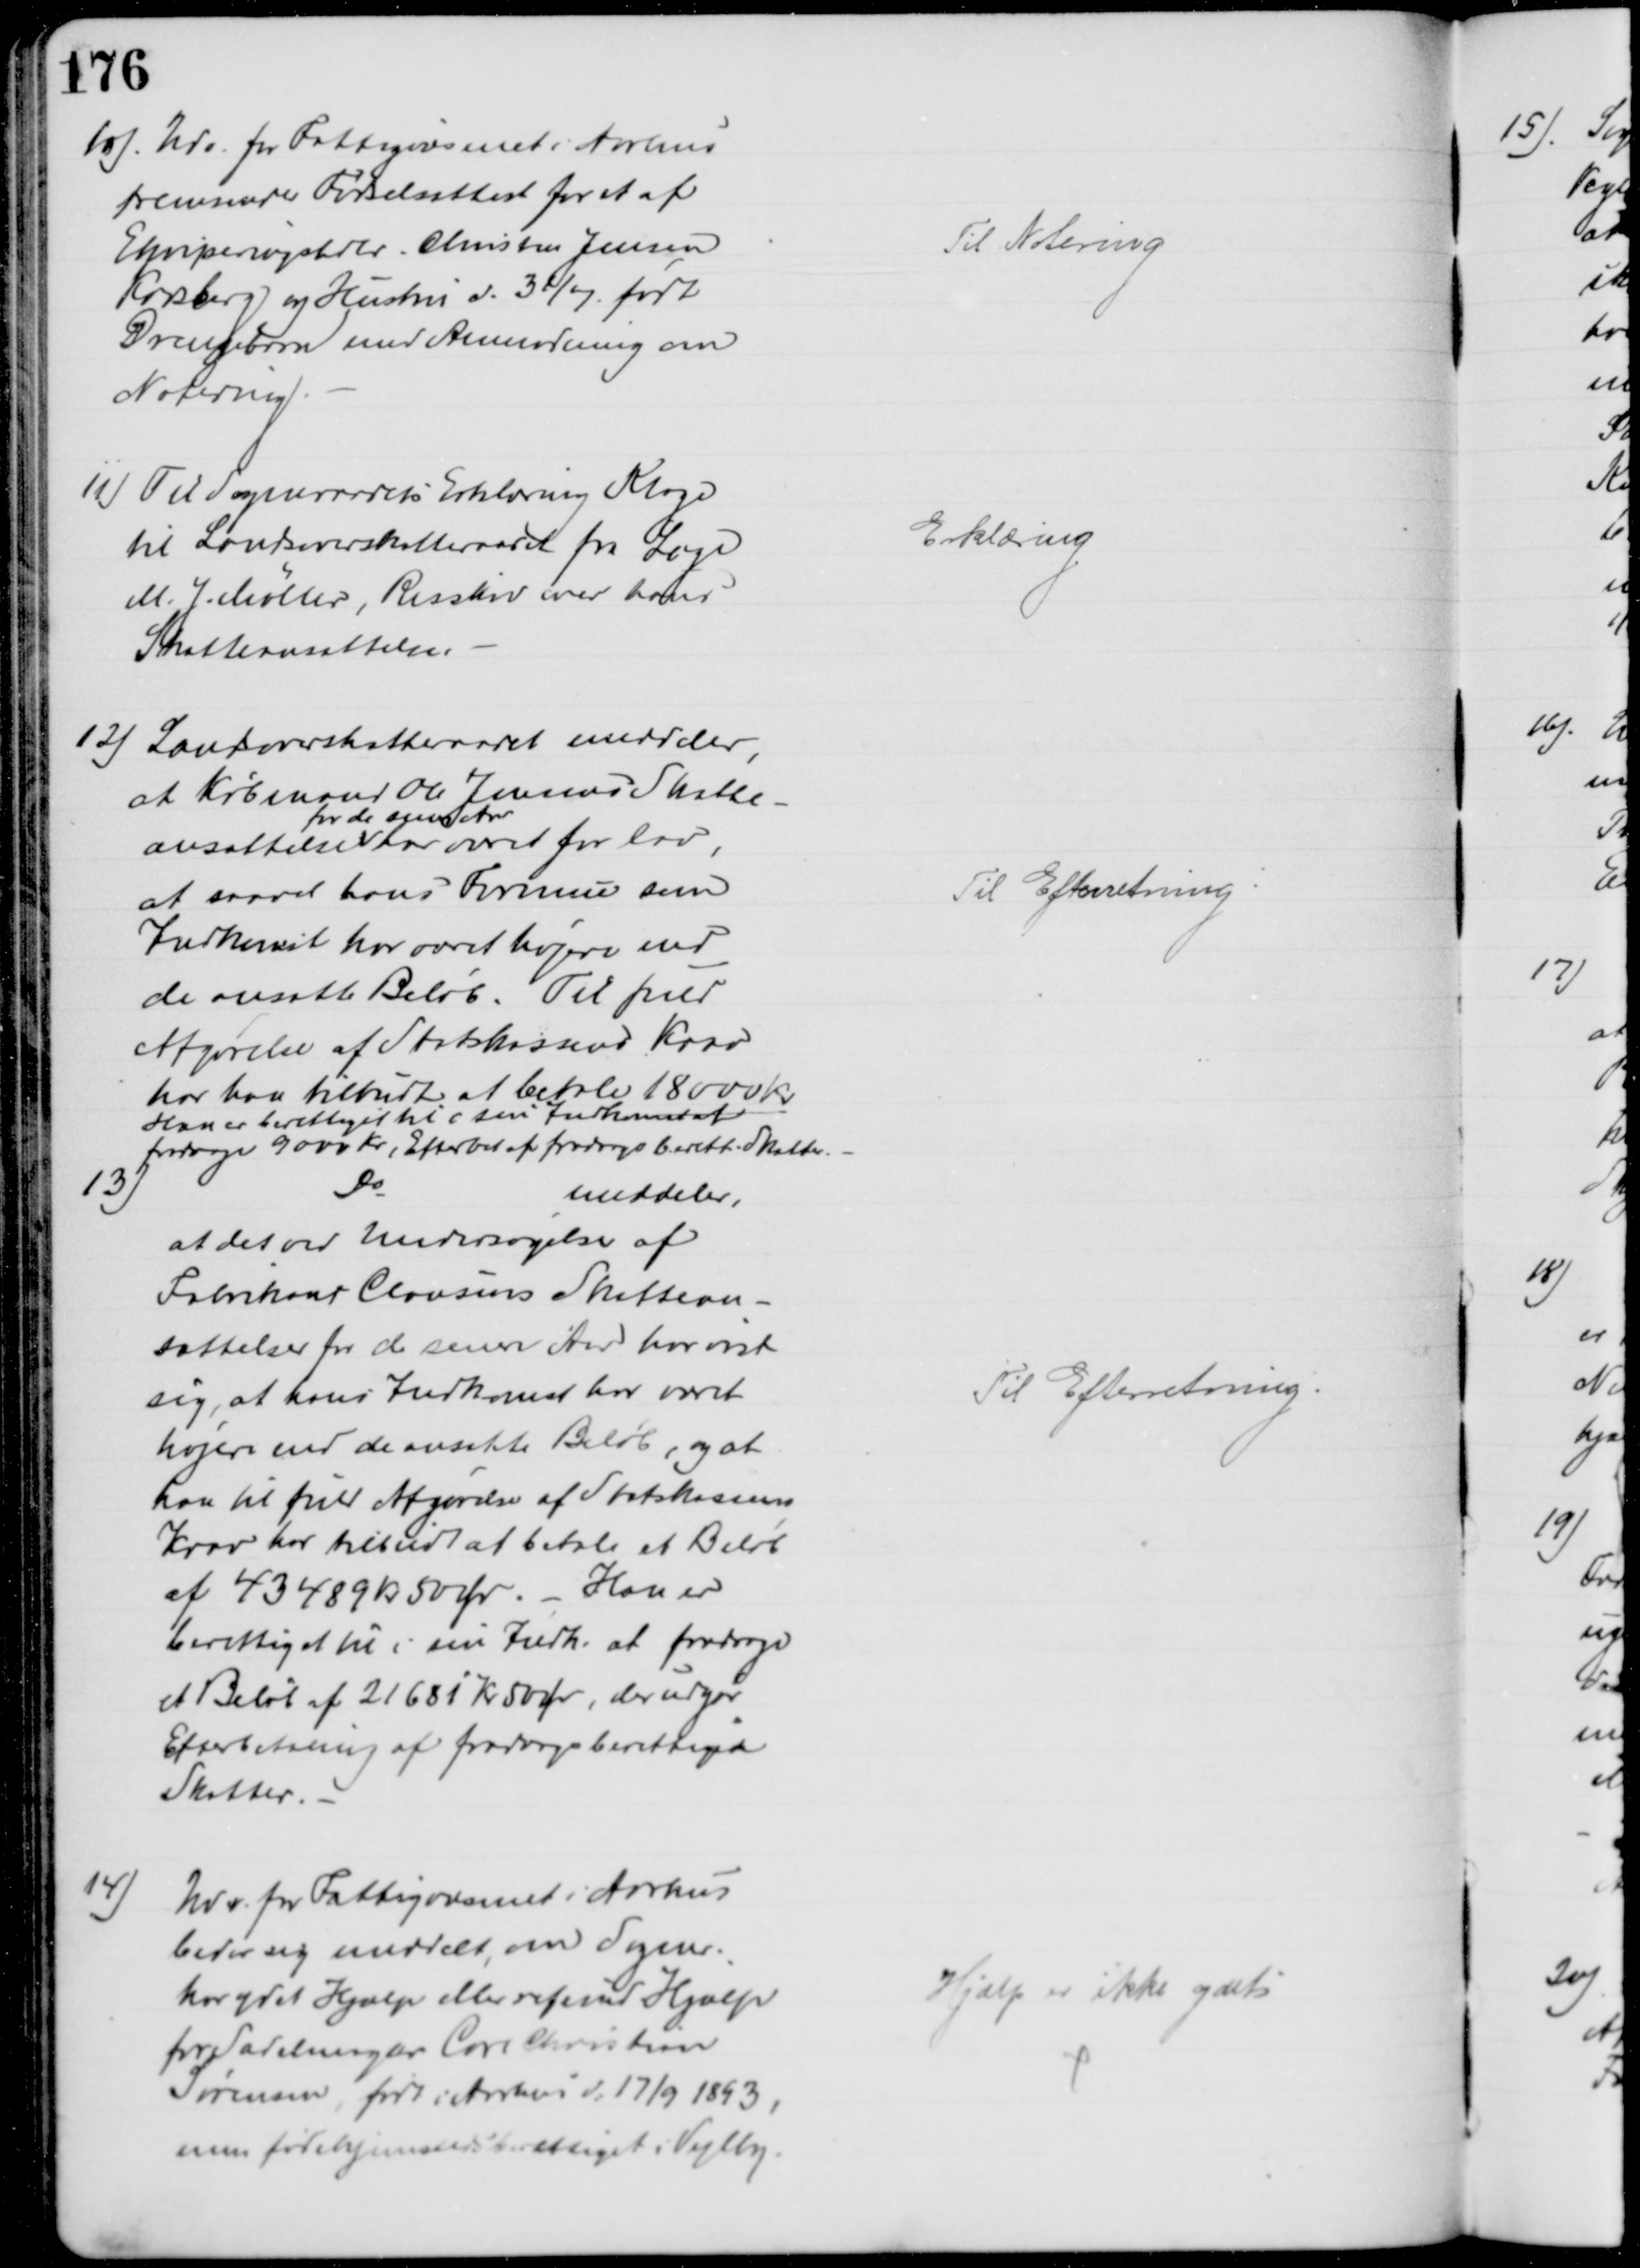
Transskription:
10). Udv. for Fattigvæsenet i Aarhus
fremsender Fødselsattest for et af
Ekviperingshdlr. Christen Jensen
Karsberg og Hustru d. 31/7 født
Drengebarn med Anmodning om
Notering.
Til Notering
11) Til Sogneraadets Erklæring Klage
til Landsoverskatteraadet fra Læge
M. J. Møller, Risskov over hans
Skatteansættelse.
Erklæring
12) Landsoverskatteraadet meddeler,
at Købmand Ole Jensens Skatte-
ansættelse 
for de sene Aar
har været for lav,
at saavel hans Formue som
Indkomst har været højere end
de ansatte Beløb. Til fuld
Afgørelse af Statskassens Krav
har har tilbudt at betale 18000 Kr
Han er berettiget til i sin Indkomst at
fradrage 9000 Kr, Efterbet af fradragsberett. Skatter.
Til Efterretning
13)
Do
meddeler,
at det ved Undersøgelse af
Fabrikant Clausens Skattean-
sættelser for de senere Aar har vist
sig, at hans Indkomst har været
højere end de ansatte Beløb, og at 
han til fuld Afgørelse af Statskassens
Krav har tilbudt at betale et Beløb
af 43489 Kr 50 Ør. - Han er
berettiget til i sin Indk. at fradrage
et Beløb af 21681 Kr 50 Ør, der udgør
Efterbetaling af fradragsberettigede
Skatter.
Til Efterretning.
14)
Udv. for Fattigvæsenet i Aarhus
beder sig meddelt, om Sogner.
har ydet Hjælp eller refund Hjælp
for Sadelmager Carl Christian
Sørensen, født i Aarhus d: 17/9 1893,
som fødehjemstedsberettiget i Vejlby.
Hjælp er ikke ydet